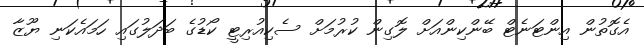
އެގޮތުން އިންޓަނެޓް ބޭންކިންއަށް ލޮގިން ކުރުމަށް ސެކިއުރިޓީ ކޯޑުގެ ބަދަލުގައި ހަމައެކަނި ޔޫޒާ